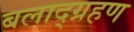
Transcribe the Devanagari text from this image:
बलाद्ग्रहण